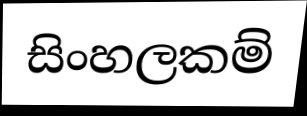
සිංහලකම්